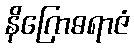
နိဂြောဓရာဇံ